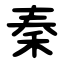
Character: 秦